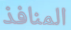
المنافذ